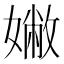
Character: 𡡹